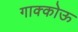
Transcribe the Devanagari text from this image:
गाक्कोऊ